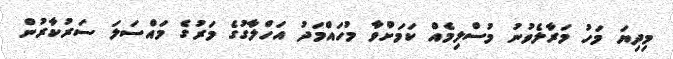
މިދިޔަ މަހު މަރާލެވުނު މުސްލިމެއް ކަމަށްވާ މުހައްމަދު އަހްލާގުގެ މަރުގެ މައްސަލަ ސަރުކާރުން